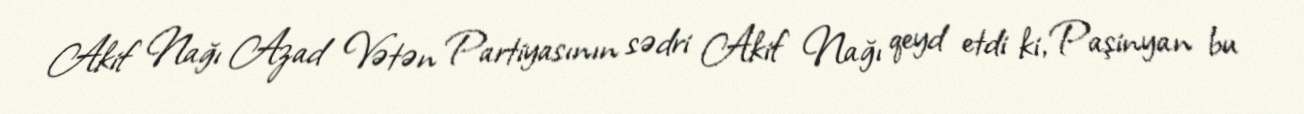
Akif Nağı Azad Vətən Partiyasının sədri Akif Nağı qeyd etdi ki, Paşinyan bu